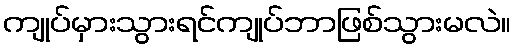
ကျုပ်မှားသွားရင်ကျုပ်ဘာဖြစ်သွားမလဲ။